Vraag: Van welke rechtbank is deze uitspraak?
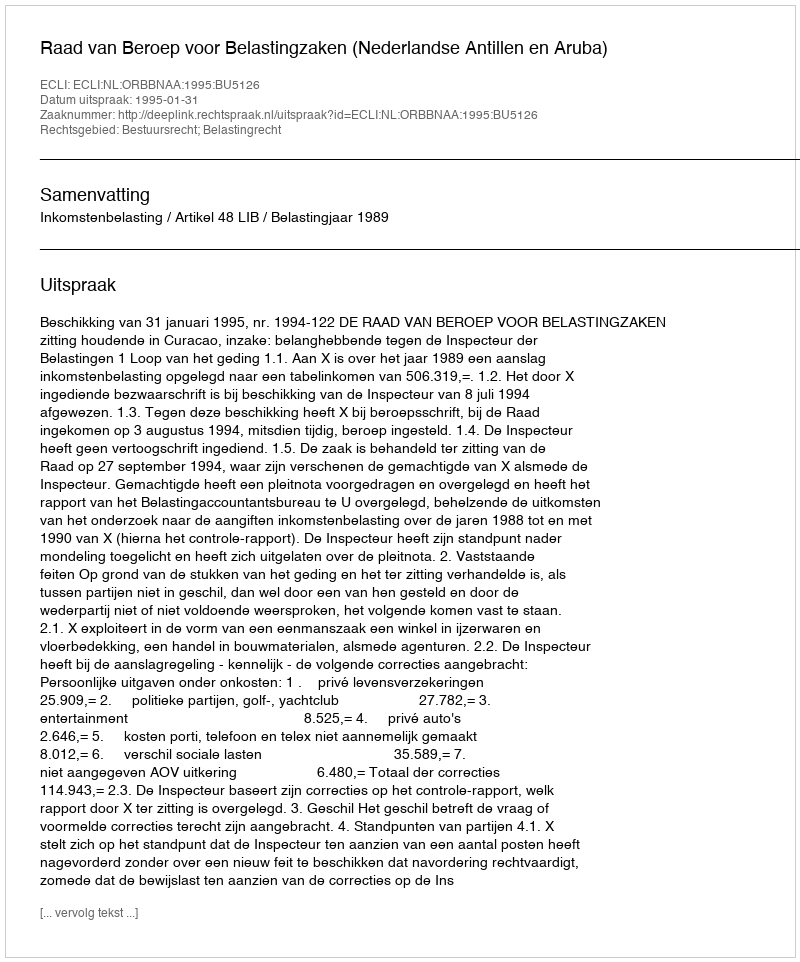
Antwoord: Raad van Beroep voor Belastingzaken (Nederlandse Antillen en Aruba)